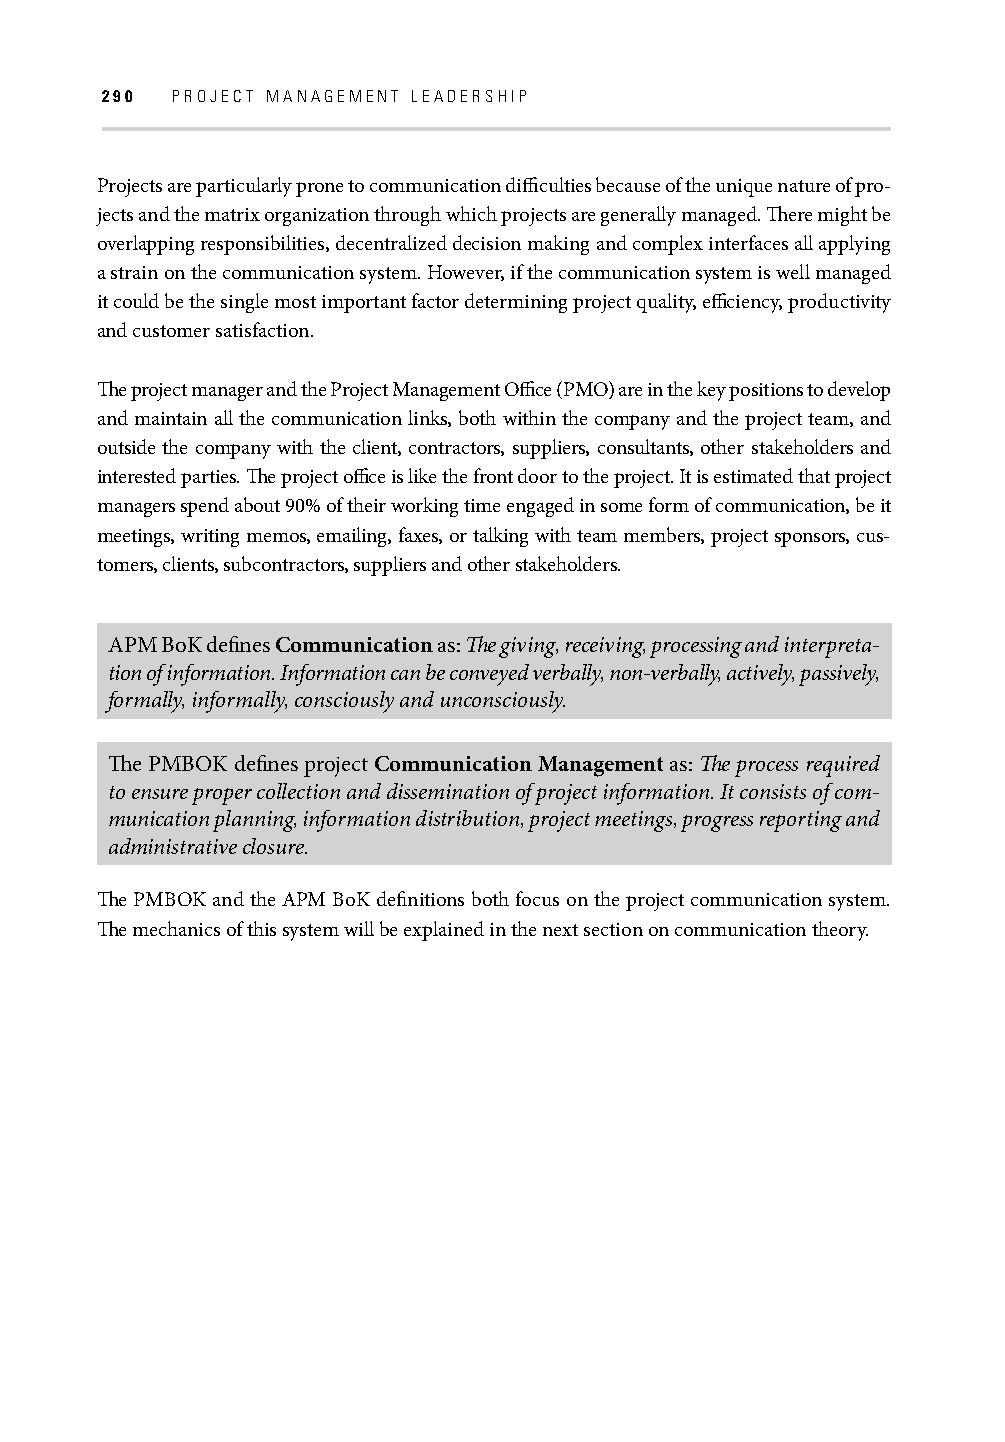
290 PROJECT MANAGEMENT LEADERSHIP
 Projects are particularly prone to communication diffi culties because of the unique nature of pro-
 jects and the matrix organization through which projects are generally managed. Th ere might be
 overlapping responsibilities, decentralized decision making and complex interfaces all applying
 a strain on the communication system. However, if the communication system is well managed
 it could be the single most important factor determining project quality, effi ciency, productivity
 and customer satisfaction.
 Th e project manager and the Project Management Offi ce (PMO) are in the key positions to develop
 and maintain all the communication links, both within the company and the project team, and
 outside the company with the client, contractors, suppliers, consultants, other stakeholders and
 interested parties. Th e project offi ce is like the front door to the project. It is estimated that project
 managers spend about 90% of their working time engaged in some form of communication, be it
 meetings, writing memos, emailing, faxes, or talking with team members, project sponsors, cus-
 tomers, clients, subcontractors, suppliers and other stakeholders.
 APM BoK defi nes Communication as: Th e giving, receiving, processing and interpreta-
 tion of information. Information can be conveyed verbally, non-verbally, actively, passively,
 formally, informally, consciously and unconsciously.
 Th e PMBOK defi nes project Communication Management as: Th e process required
 to ensure proper collection and dissemination of project information. It consists of com-
 munication planning, information distribution, project meetings, progress reporting and
 administrative closure.
 Th e PMBOK and the APM BoK defi nitions both focus on the project communication system.
 Th e mechanics of this system will be explained in the next section on communication theory.